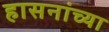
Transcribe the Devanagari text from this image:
हासनांच्या